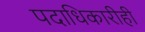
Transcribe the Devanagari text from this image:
पदाधिकारीही